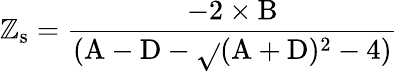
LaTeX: \mathbb{Z}_{\mathrm{{s}}}=\frac{{-2\times\mathrm{{B}}}}{{(\mathrm{{A}}-\mathrm{{D}}-\sqrt{}{{(\mathrm{{A}}+\mathrm{{D}})^{2}-4)}}}}